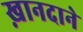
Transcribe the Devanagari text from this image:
ख़ानदाने